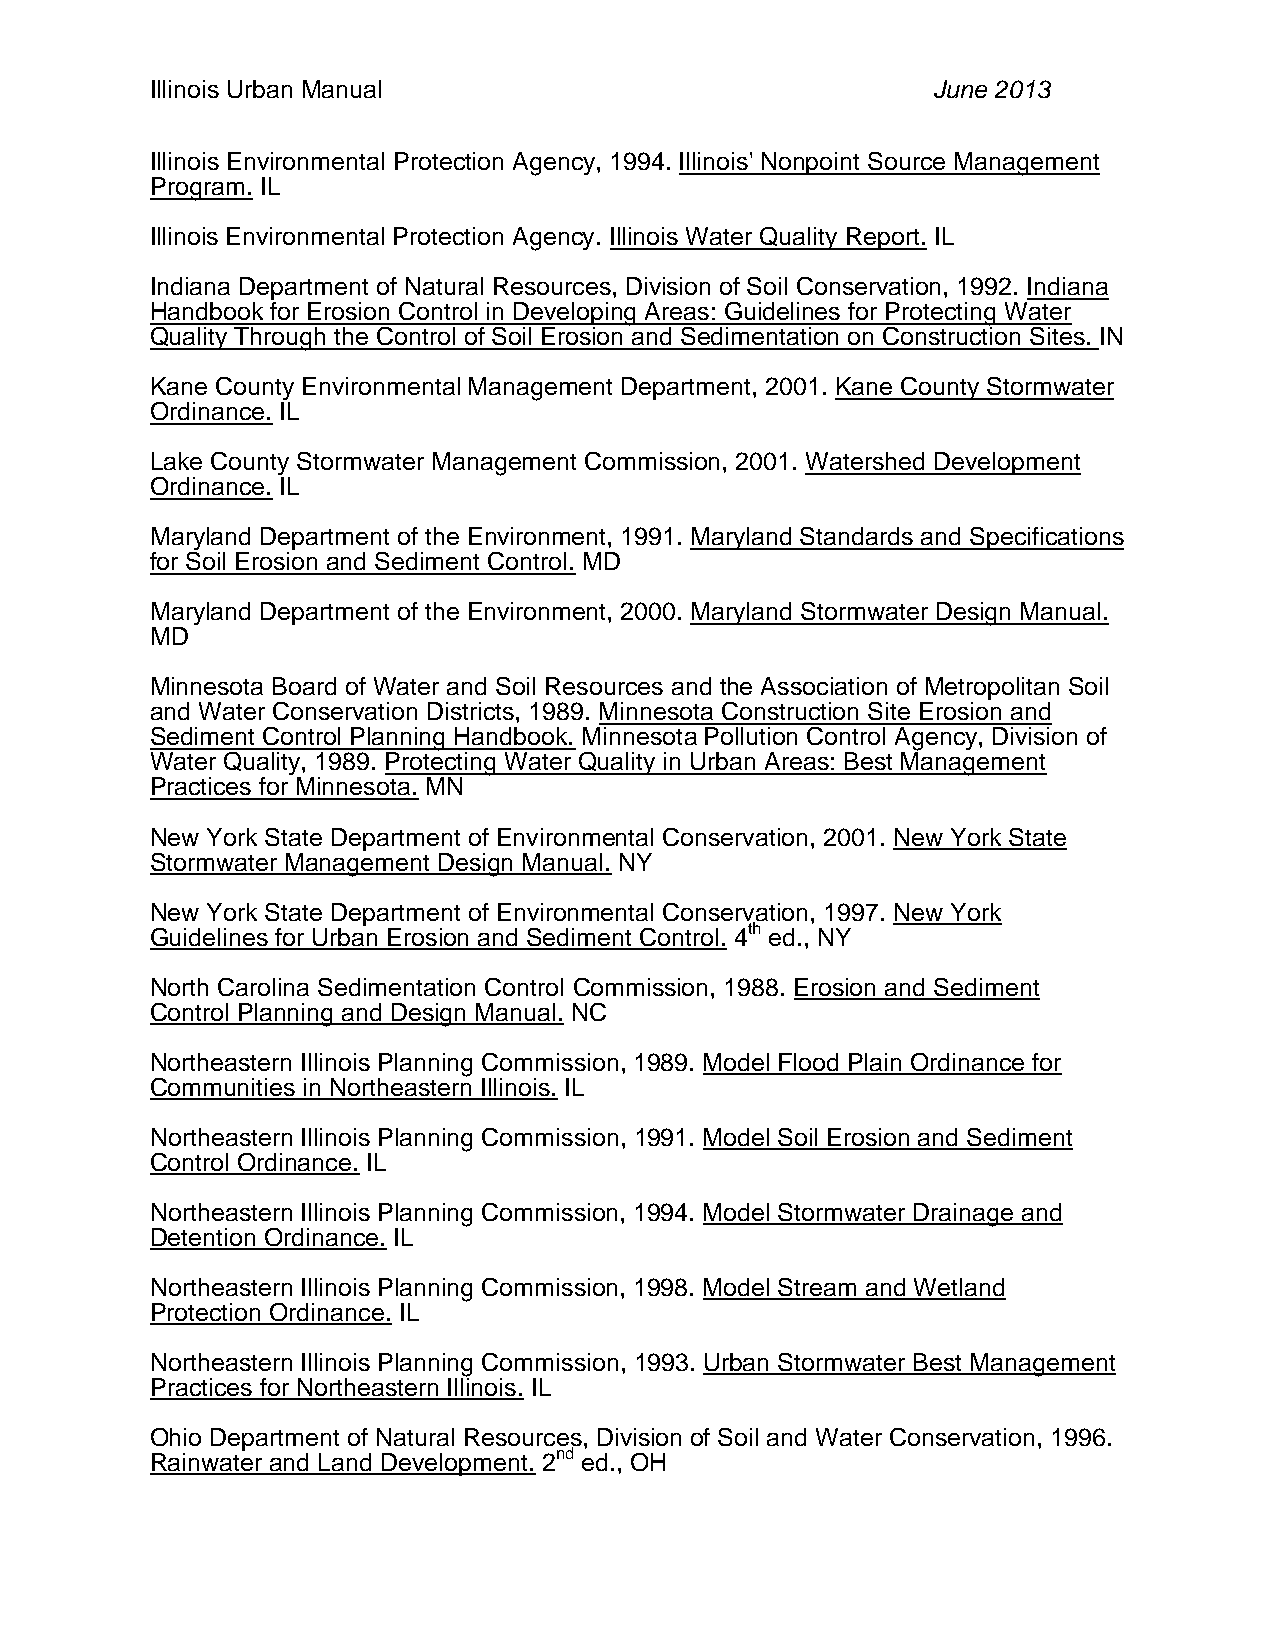
Illinois Urban Manual                               June 2013
 Illinois Environmental Protection Agency, 1994. Illinois' Nonpoint Source Management
 Program. IL
 Illinois Environmental Protection Agency. Illinois Water Quality Report. IL
 Indiana Department of Natural Resources, Division of Soil Conservation, 1992. Indiana
 Handbook for Erosion Control in Developing Areas: Guidelines for Protecting Water
 Quality Through the Control of Soil Erosion and Sedimentation on Construction Sites. IN
 Kane County Environmental Management Department, 2001. Kane County Stormwater
 Ordinance. IL
 Lake County Stormwater Management Commission, 2001. Watershed Development
 Ordinance. IL
 Maryland Department of the Environment, 1991. Maryland Standards and Specifications
 for Soil Erosion and Sediment Control. MD
 Maryland Department of the Environment, 2000. Maryland Stormwater Design Manual.
 MD
 Minnesota Board of Water and Soil Resources and the Association of Metropolitan Soil
 and Water Conservation Districts, 1989. Minnesota Construction Site Erosion and
 Sediment Control Planning Handbook. Minnesota Pollution Control Agency, Division of
 Water Quality, 1989. Protecting Water Quality in Urban Areas: Best Management
 Practices for Minnesota. MN
 New York State Department of Environmental Conservation, 2001. New York State
 Stormwater Management Design Manual. NY
 New York State Department of Environmental Conservation, 1997. New York
 Guidelines for Urban Erosion and Sediment Control. 4th ed., NY
 North Carolina Sedimentation Control Commission, 1988. Erosion and Sediment
 Control Planning and Design Manual. NC
 Northeastern Illinois Planning Commission, 1989. Model Flood Plain Ordinance for
 Communities in Northeastern Illinois. IL
 Northeastern Illinois Planning Commission, 1991. Model Soil Erosion and Sediment
 Control Ordinance. IL
 Northeastern Illinois Planning Commission, 1994. Model Stormwater Drainage and
 Detention Ordinance. IL
 Northeastern Illinois Planning Commission, 1998. Model Stream and Wetland
 Protection Ordinance. IL
 Northeastern Illinois Planning Commission, 1993. Urban Stormwater Best Management
 Practices for Northeastern Illinois. IL
 Ohio Department of Natural Resources, Division of Soil and Water Conservation, 1996.
 Rainwater and Land Development. 2nd ed., OH